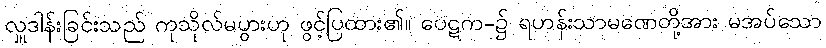
လှူဒါန်းခြင်းသည် ကုသိုလ်မပွားဟု ဖွင့်ပြထား၏။ ပေဋက-၌ ရဟန်းသာမဏေတို့အား မအပ်သော